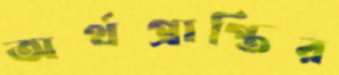
অর্থপ্রাপ্তির